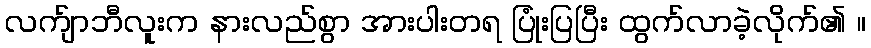
လက်ျာဘီလူးက နားလည်စွာ အားပါးတရ ပြုံးပြပြီး ထွက်လာခဲ့လိုက်၏ ။